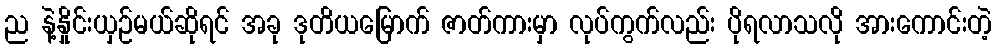
ည နဲ့နှိုင်းယှဉ်မယ်ဆိုရင် အခု ဒုတိယမြောက် ဇာတ်ကားမှာ လုပ်ကွက်လည်း ပိုရလာသလို အားကောင်းတဲ့